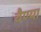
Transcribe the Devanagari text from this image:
वैण्या